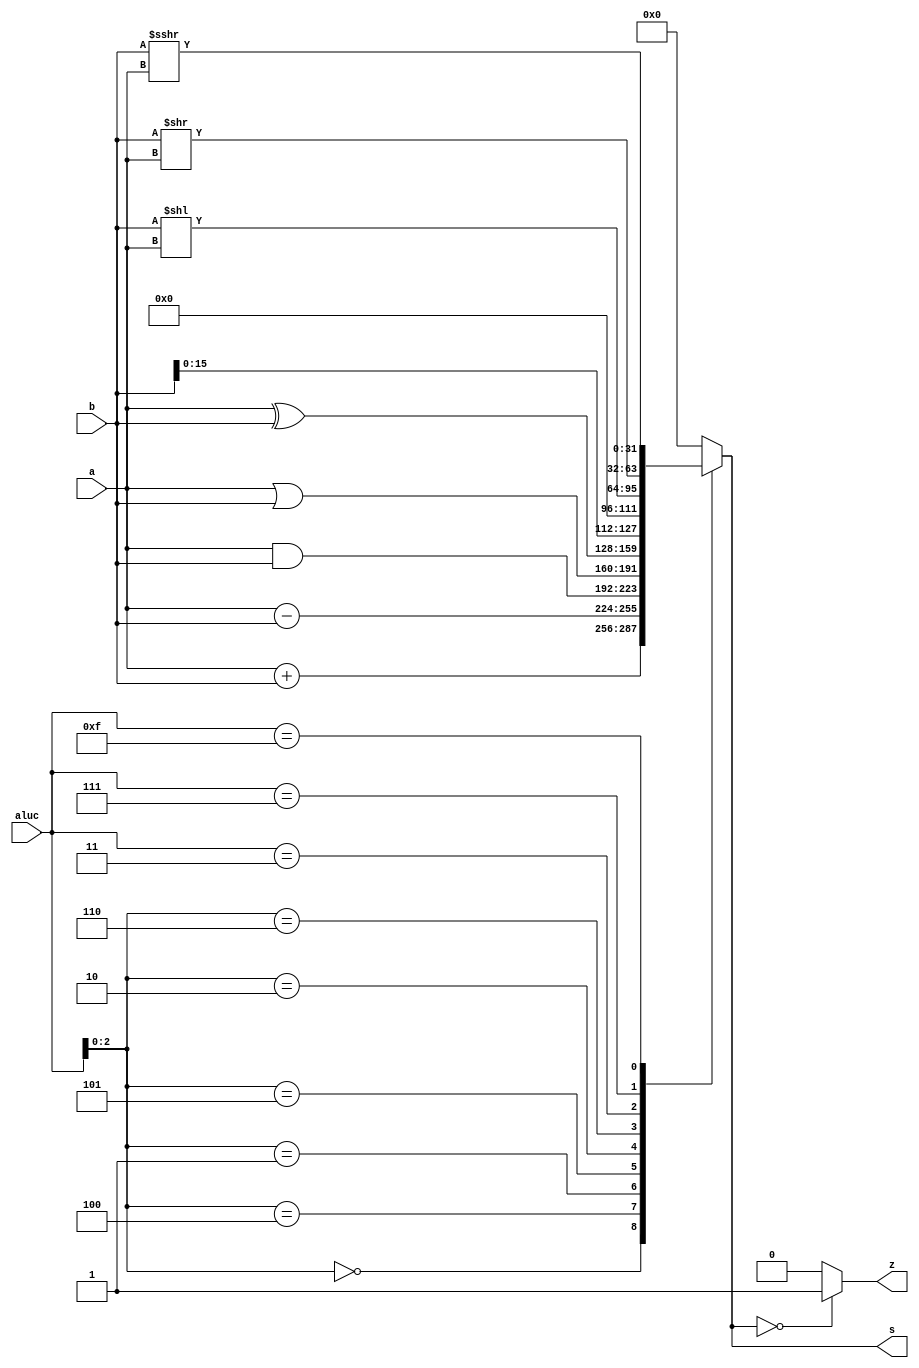
module alu (a,b,aluc,s,z);
   input [31:0] a,b;
   input [3:0] aluc;
   output [31:0] s;
   output        z;
   reg [31:0] s;
   reg        z;
   always @ (a or b or aluc) 
      begin                                   // event
         casex (aluc)
             4'bx000: s = a + b;              //x000 ADD
             4'bx100: s = a - b;       		 //x100 SUB
             4'bx001: s = a & b;              //x001 AND
             4'bx101: s = a | b;    			 //x101 OR
             4'bx010: s = a ^ b;              //x010 XOR
             4'bx110: s = b << 16;	 			 //x110 LUI: imm << 16bit             
             4'b0011: s = $signed(b) << a;	 //0011 SLL: rd <- (rt << sa)
             4'b0111: s = $signed(b) >> a;    //0111 SRL: rd <- (rt >> sa) (logical)
             4'b1111: s = $signed(b) >>> a;   //1111 SRA: rd <- (rt >> sa) (arithmetic)
             default: s = 0;
         endcase
         if (s == 0 )  z = 1;
            else z = 0;         
      end      
endmodule